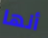
أنها